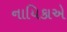
નાયિકાએ